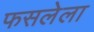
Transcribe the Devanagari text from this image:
फसलेला